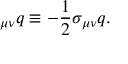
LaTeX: { \bf \Sigma } _ { \mu \nu } q \equiv - \frac 1 2 \sigma _ { \mu \nu } q .